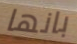
بانها